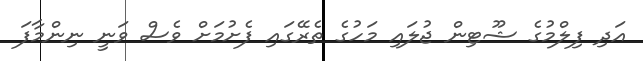
އަދި ފިލްމުގެ ޝޫޓިން ޖުލައި މަހުގެ ތެރޭގައި ފެށުމަށް ވެސް ވަނީ ނިންމާފަ